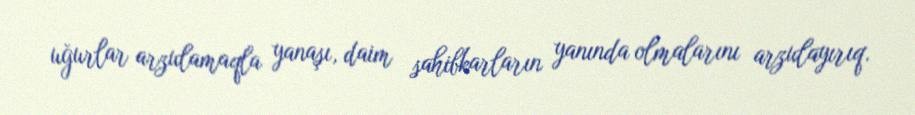
uğurlar arzulamaqla yanaşı, daim sahibkarların yanında olmalarını arzulayırıq.